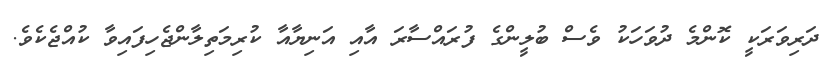
ދަރިވަރަކީ ކޮންމެ ދުވަހަކު ވެސް ބުލީންގެ ފުރައްސާރަ އާއި އަނިޔާއާ ކުރިމަތިލާންޖެހިފައިވާ ކުއްޖެކެވެ.